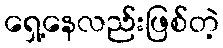
ရှေ့နေလည်းဖြစ်တဲ့